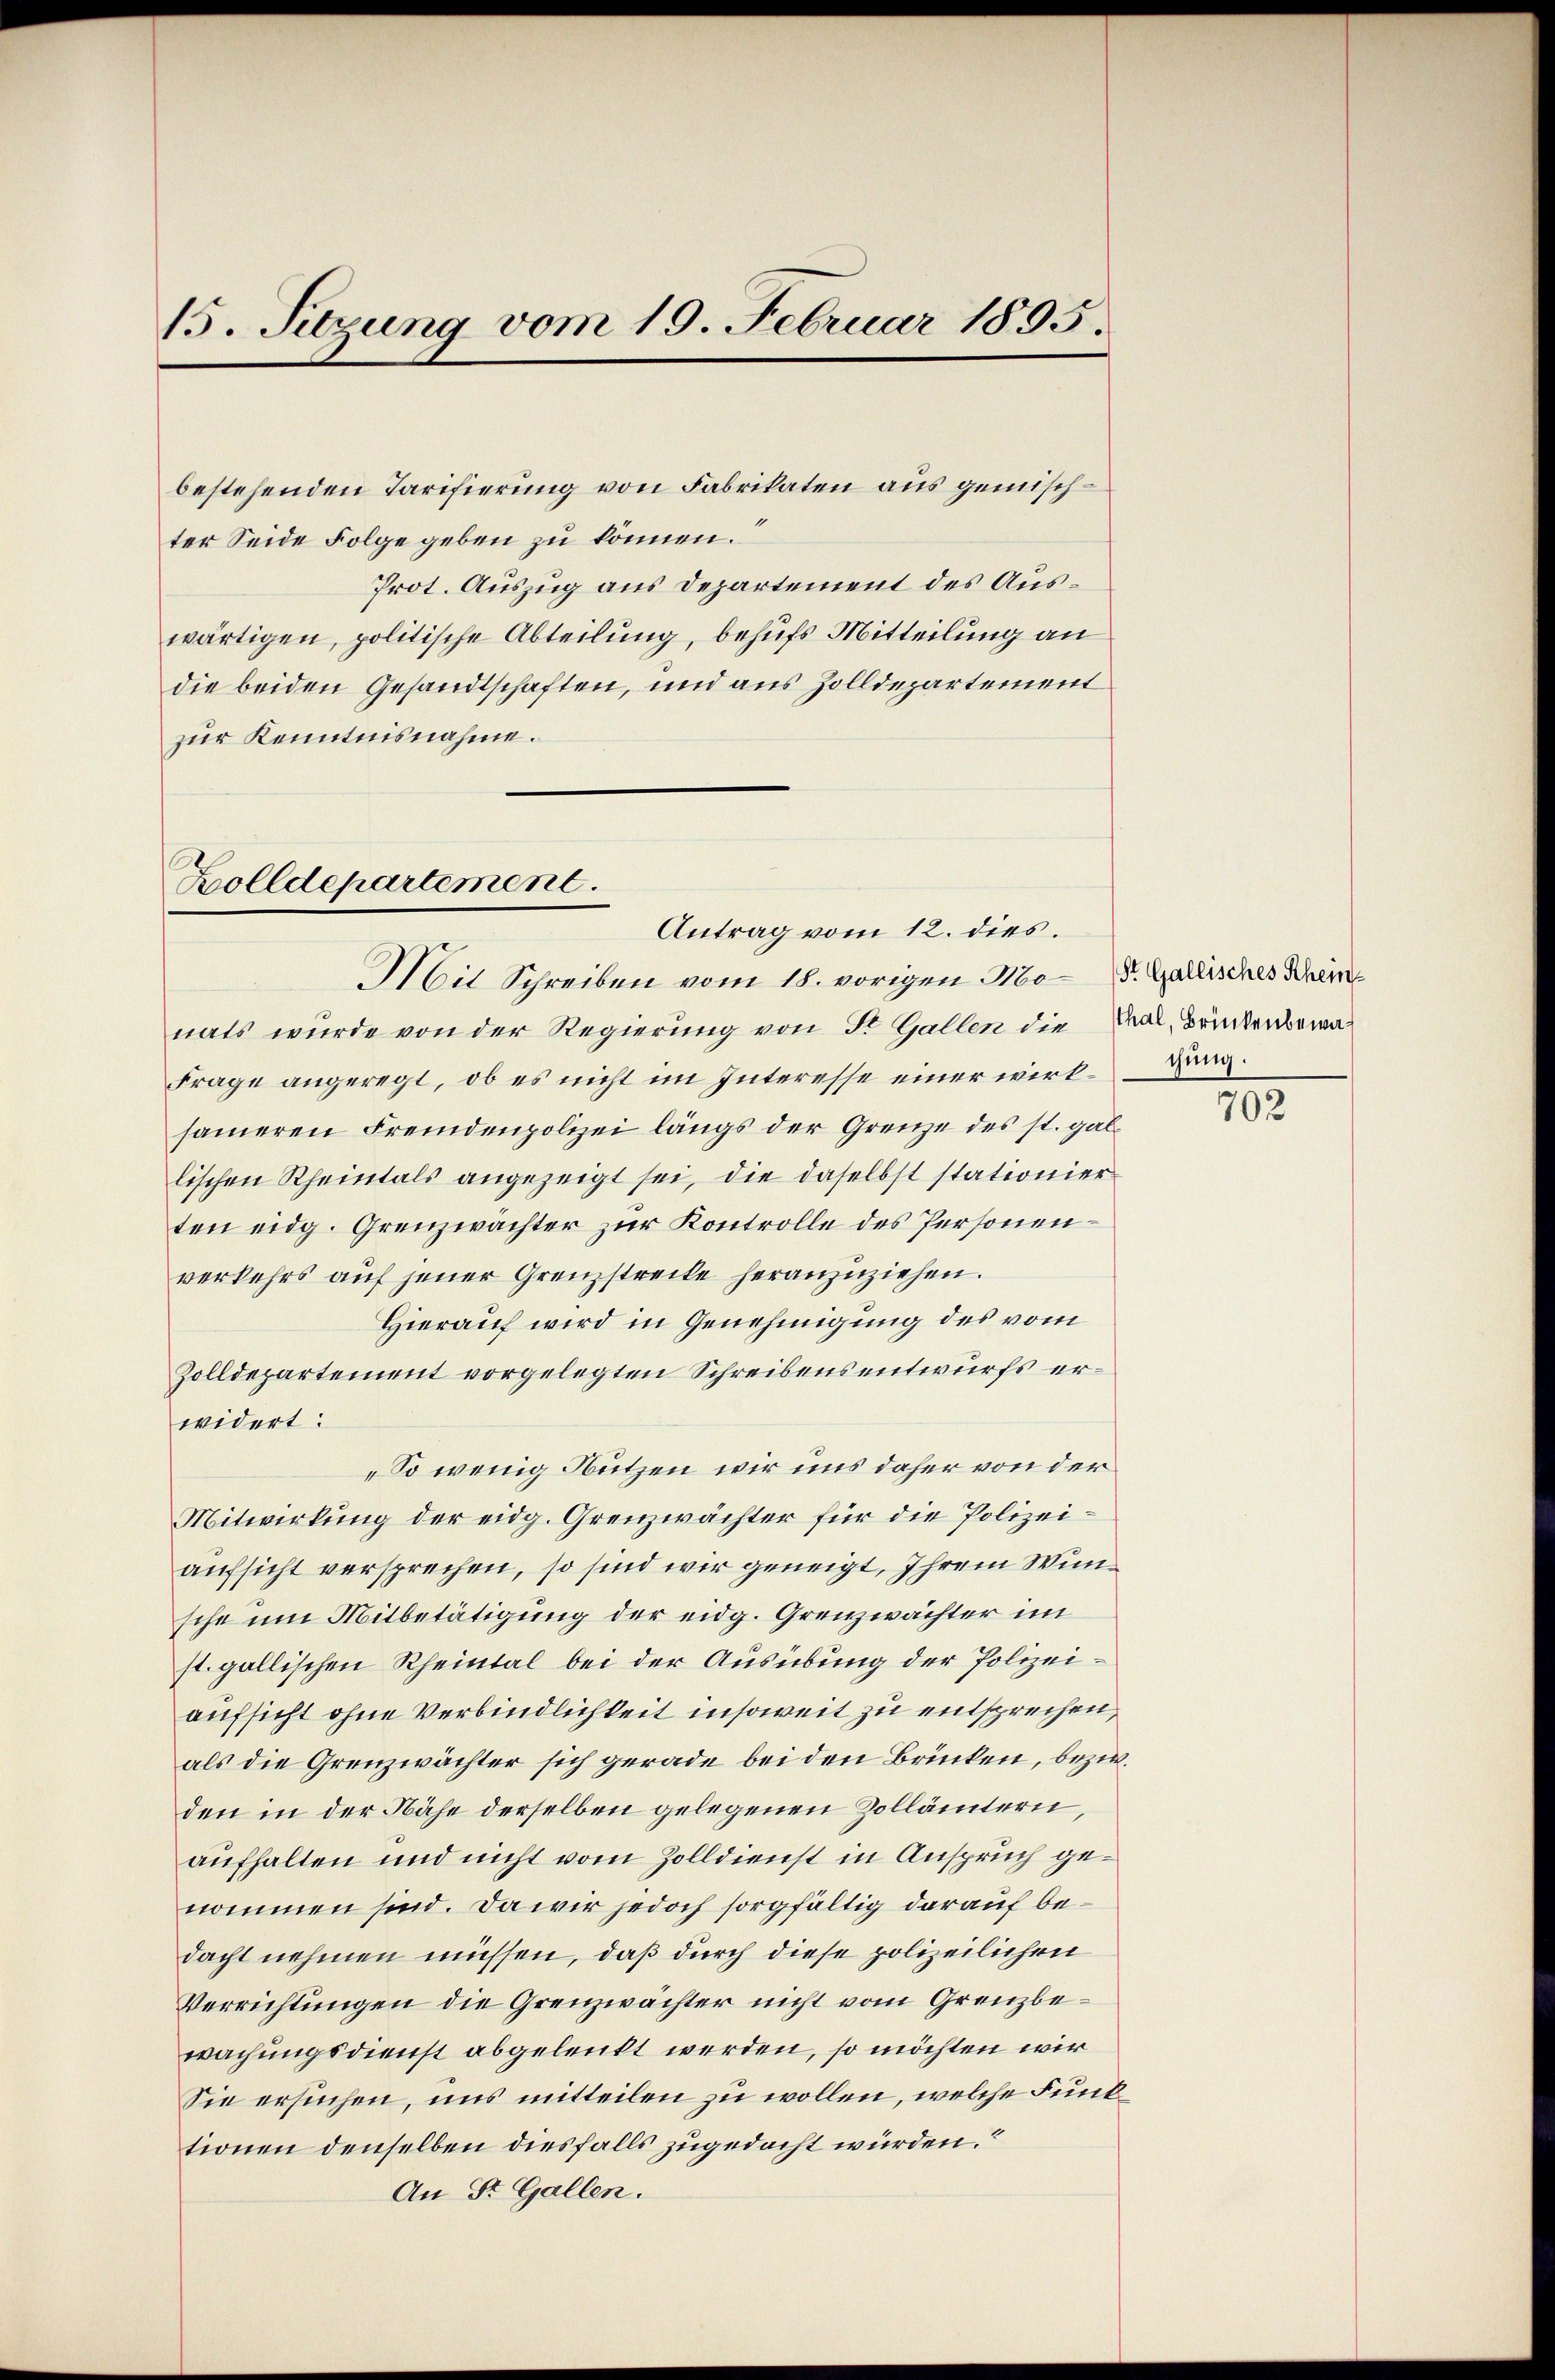
15. Sitzung vom 19. Februar 1895.

bestehenden Tarifierung von Fabrikaten aus gemischter Seide Folge geben zu können.
Prot. Auszug aus Departement des Auswärtigen, politische Abteilung, behufs Mitteilung an
die beiden Gesandtschaften, und aus Zolldepartement
zur Kenntnisnahme.

Bolldepartement.
Antrag vom 12. dies.

Mit Schreiben vom 18. vorigen Mo-S. Gallisches Schein
nats wurde von der Regierung von St. Gallen die Mal, Brudenbewa¬
Frage angeregt, ob es nicht im Interesse einer wirkunsameren Fremdenpolizei längs der Grenze des st. gal-
lischen Rheintals angezeigt sei, die daselbst stationier
ten eidg. Grenzwächter zur Kontrolle des Personenverkehrs auf jener Grenzstrecke heranzuziehen.
Hierauf wird in Genehmigung des vom
Zolldepartement vorgelegten Schreibensentwurfs erwidert:
„So wenig Nutzen wir uns daher von der
Mitwirkung der eidg. Grenzwächter für die Polizeiaufsicht versprechen, so sind wir geneigt, Ihrem Wunsche um Mitbetätigung der eidg. Grenzwächter im
st. gallischen Rheintal bei der Ausübung der Polizeiaufsicht ohne Verbindlichkeit insoweit zu entsprechen,
als die Grenzwächter sich gerade bei den Brücken, bezw.
den in der Nähe derselben gelegenen Zollämtern,
aufhalten und nicht vom Zolldienst in Anspruch genommen sind. Da wir jedoch sorgfältig darauf bedacht nehmen müssen, daß durch diese polizeilichen
Verrichtungen die Grenzwächter nicht vom Grenzbewachungsdienst abgelenkt werden, so möchten wir
Sie ersuchen, uns mitteilen zu wollen, welche Funktionen denselben diesfalls zugedacht würden.
An Dr. Gallen.

702